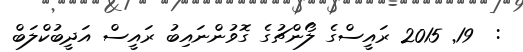
:  19